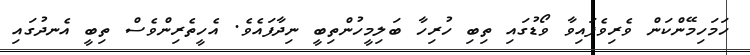
ހަމަހިމޭންކަން ވެރިވެފައިވާ ވޯޑުގައި ތިބި ހުރިހާ ބަލިމީހުންތިބީ ނިދާފައެވެ. އެހީތެރިންވެސް ތިބީ އެނދުގައި